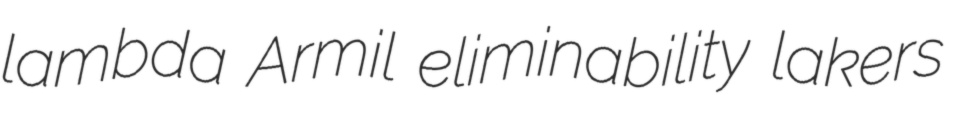
lambda Armil eliminability lakers